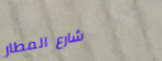
شارع المطار